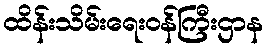
ထိန်းသိမ်းရေးဝန်ကြီးဌာန